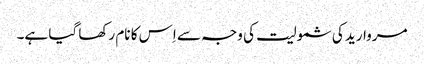
مروارید کی شمولیت کی وجہ سے اِس کا نام رکھا گیا ہے۔